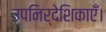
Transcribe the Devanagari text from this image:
उपनिर्देशिकाएँ।